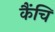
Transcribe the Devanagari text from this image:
कैंचि